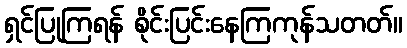
ရှင်ပြုကြရန် စိုင်းပြင်းနေကြကုန်သတတ်။